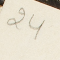
24